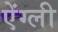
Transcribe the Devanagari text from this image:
ऐंग्ली